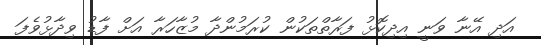
އަދި އޭނާ ވަނީ އިދިކޮޅު ފަރާތްތަކުން ކުރަމުންދާ މުޒާހަރާ އަށް ފާޑު ވިދާޅުވެފަ